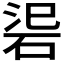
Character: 𥒟